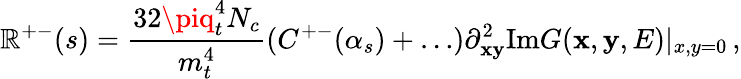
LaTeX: \mathbb{R}^{+-}(s)={\frac{{32\piq_{t}^{4}N_{c}}}{{m_{t}^{4}}}}(C^{+-}(\alpha_{s})+\ldots)\partial_{\mathbf{x}\mathbf{y}}^{2}\mathrm{{Im}}G({\mathbf{x}},{\mathbf{y}},E)|_{x,y=0}\, ,